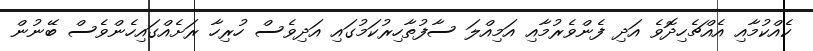
ކެއްކުމާއި އެއްޗެހިދޮވެ އަދި ފެންވެރުމާއި އަމިއްލަ ސާފުތާހިރުކަމުގައި އަދިވެސް ހުރިހާ ރަށެއްގައިހެންވެސް ބޭނުން